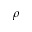
\rho